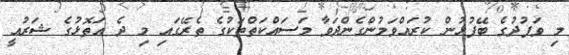
މި ވަފުދުގެ ބޭފުޅުން ކުރައްވަމުންގެންދަވާ މަސައްކަތްތަކުގެ ތެރޭގައި މި ދެ އަތޮޅުގެ ޝަރުޢީ